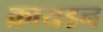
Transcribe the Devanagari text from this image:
क्रायडन